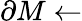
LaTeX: \partial M\gets